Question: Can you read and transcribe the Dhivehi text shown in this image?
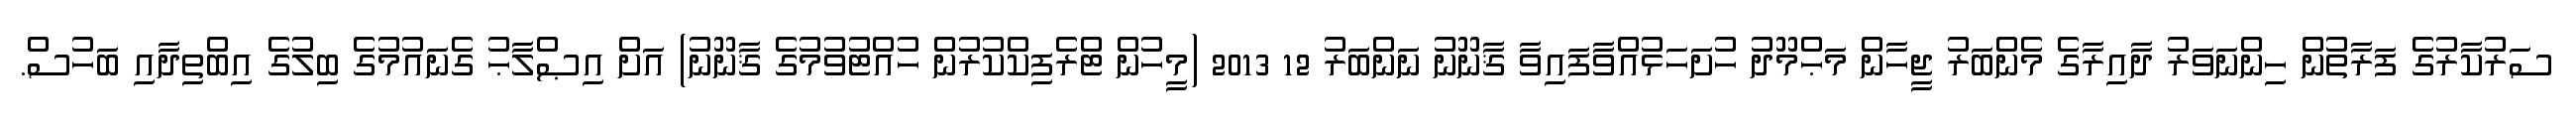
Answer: ސަރުކާރުގެ ފަރާތުން ހިންނަވަރު ދާއިރާގެ މެންބަރު ޖީހާން މަޙްމޫދު ހުށަހަޅުއްވާފައިވާ ޤާނޫނު ނަންބަރު 12 2013 (މީހުން ޓްރެފިކްކުރުން ހުއްޓުވުމުގެ ޤާނޫނު) އަށް އިޞްލާޙު ގެނައުމުގެ ބިލުގެ އިބްތިދާއި ބަހުސް.